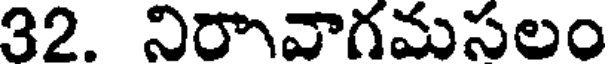
32. నిరావాగమసలం